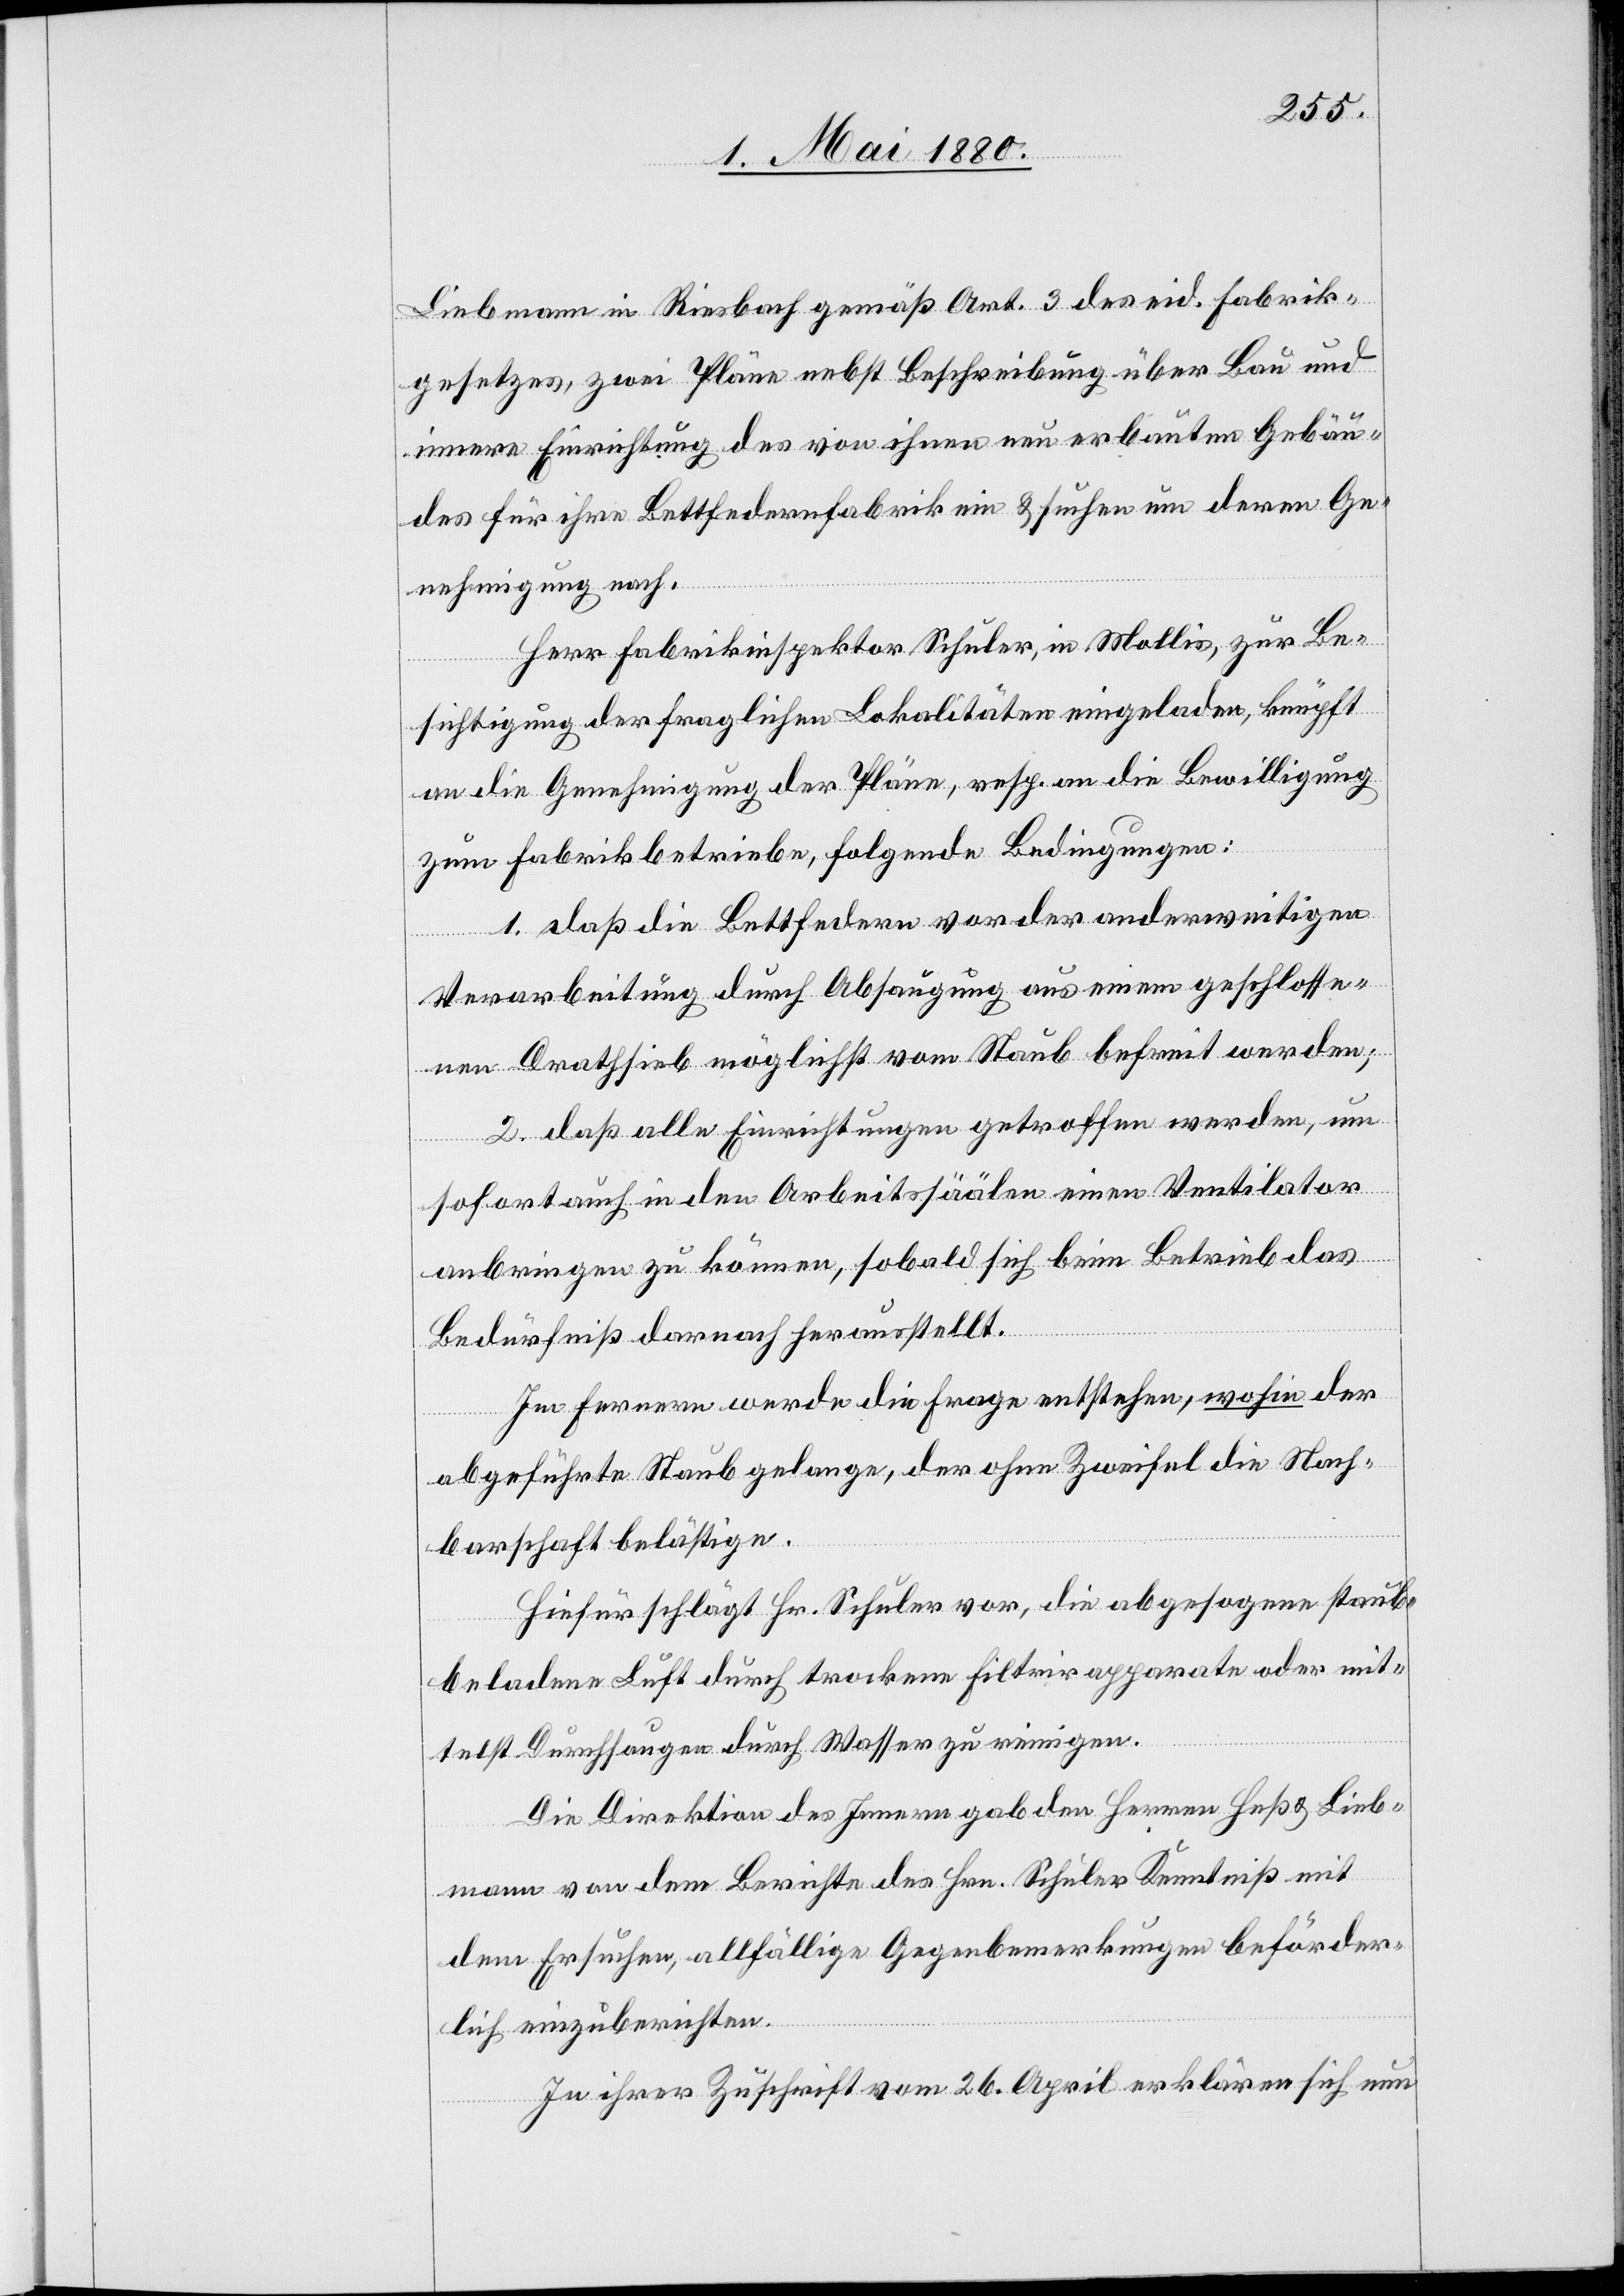
Liebmann in Riesbach gemäß Art. 3 des eid. Fabrik¬
gesetzes, zwei Pläne nebst Beschreibung über Bau und
innere Einrichtung des von ihnen neu erbauten Gebäu¬
des für ihre Bettfedernfabrik ein & suchen um deren Ge¬
nehmigung nach.
Herr Fabrikinspektor Schuler, in Mollis, zur Be¬
sichtigung der fraglichen Lokalitäten eingeladen, knüpft
an die Genehmigung der Pläne, resp. an die Bewilligung
zum Fabrikbetriebe, folgende Bedingungen:
1. daß die Bettfedern vor der anderweitigen
Verarbeitung durch Absaugung aus einem geschlosse¬
nen Drathsieb möglichst vom Staub befreit werden.
2. daß alle Einrichtungen getroffen werden, um
sofort auch in den Arbeitssäälen einen Ventilator
anbringen zu können, sobald sich beim Betrieb das
Bedürfniß darnach herausstellt.
Im Fernern werde die Frage entstehen, wohin der
abgeführte Staub gelange, der ohne Zweifel die Nach¬
barschaft belästige.
Hiefür schlägt Hr. Schuler vor, die abgesogene staub¬
beladene Luft durch trockene Filtrirapparate oder mit¬
telst Durchsaugen durch Wasser zu reinigen.
Die Direktion des Innern gab den Herren Heß & Lieb¬
mann von dem Berichte des Hrn. Schuler Kenntniß mit
dem Ersuchen, allfällige Gegenbemerkungen beförder¬
lich einzuberichten.
In ihrer Zuschrift vom 26. April erklären sich nun